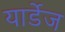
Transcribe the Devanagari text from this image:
यार्डेज